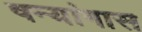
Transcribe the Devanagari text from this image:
षन्यांगास